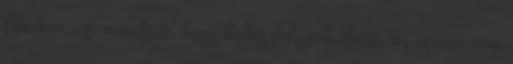
Amikor azt mondják, hogy hideg polgárháború, az sajnos nem